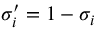
\sigma _ { i } ^ { \prime } = 1 - \sigma _ { i }